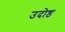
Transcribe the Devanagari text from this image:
उदोष्ठ